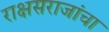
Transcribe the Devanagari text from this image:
राक्षसराजांचा